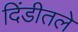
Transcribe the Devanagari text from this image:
दिंडीतले